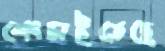
নেংচাইতেছে